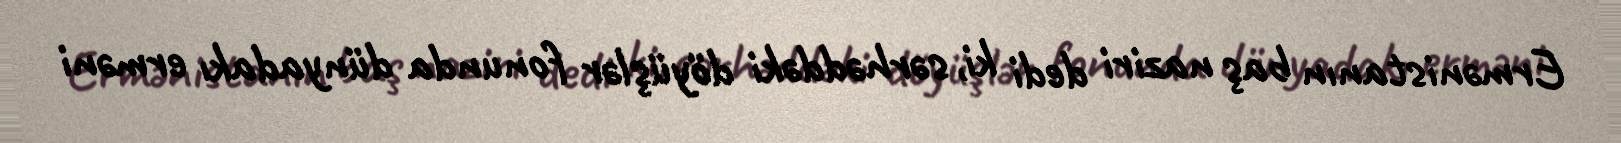
Ermənistanın baş naziri dedi ki, sərhəddəki döyüşlər fonunda dünyadakı erməni